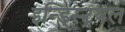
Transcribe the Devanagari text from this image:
इन्ड्स्ट्रियल